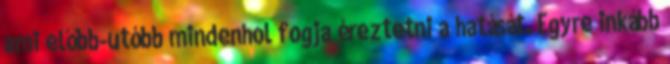
ami előbb-utóbb mindenhol fogja éreztetni a hatását. Egyre inkább